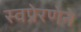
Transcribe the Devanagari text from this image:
स्वप्रेरणेने